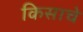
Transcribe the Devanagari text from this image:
किसाचे